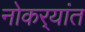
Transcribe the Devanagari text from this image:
नोकर्‍यांत